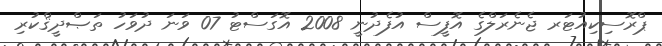
ޕްރޮސިކިއުޓަރ ޖެނެރަލްގެ އޮފީސް އުފެދުނީ 2008 އޮގަސްޓު 07 ވަނަ ދުވަހު ތަޞްދީޤްކުރި